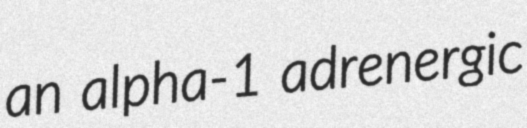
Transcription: an alpha-1 adrenergic